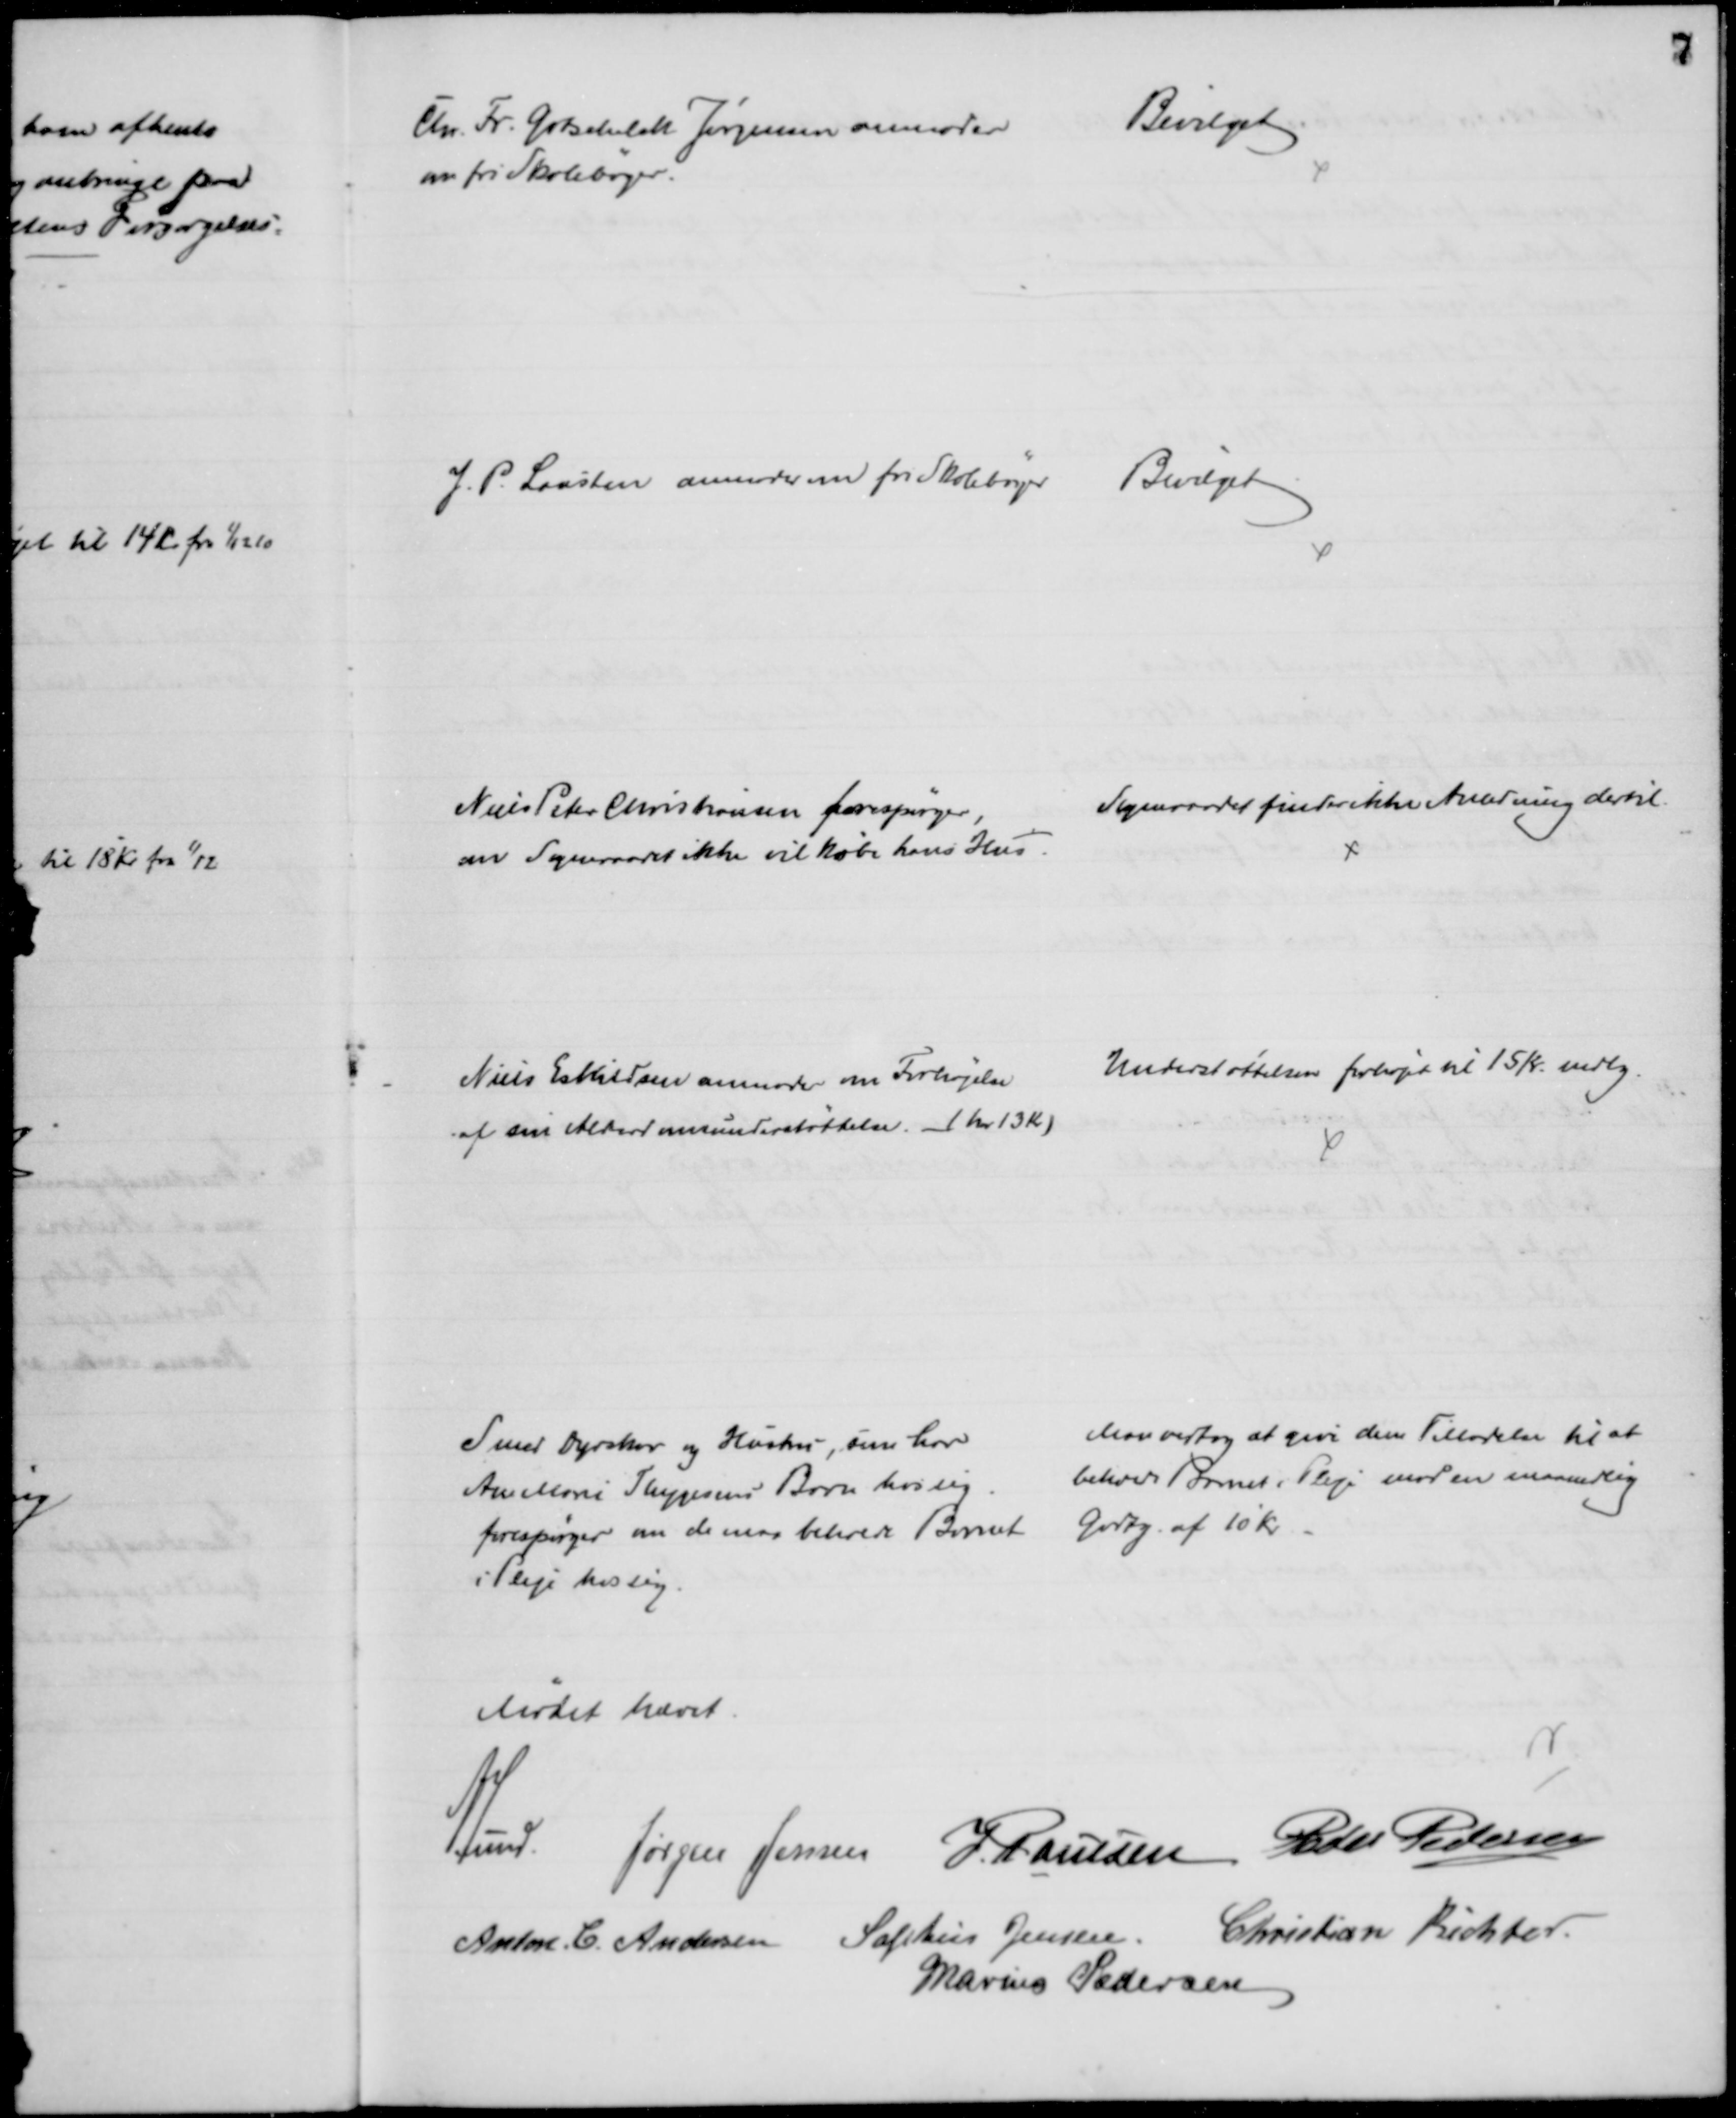
Transskription:
Chr. Fr. Gotschalk Jørgensen anmoder
om fri Skolebøger.
Bevilget
J. P. Lausten anmoder om fri Skolebøger
Bevilget
Niels Peter Christiansen forespørger,
om Sogneraadet ikke vil købe hans Hus
Sogneraadet finder ikke Anledning dertil
Niels Eskildsen anmoder om Forhøjelse
af sin Alderdomsunderstøttelse (har 13 Kr.)
Understøttelsen forhøjet til 15 Kr. mdlg.
Smed Dyrskov og Hustru, som har
Ane Marie Thygesens Barn hos sig
forespørger om de maa beholde Barnet
i Pleje hos sig.
Man vedtog at give dem Tilladelse til at 
beholde Barnet i Pleje mod en maanedlig
Godtg. af 10 Kr.
Mødet hævet
A. Lund. Jørgen Jensen J. Paulsen Peder Pedersen
Anton C. Andersen Sophus Jensen Christian Richter
Marius Pedersen